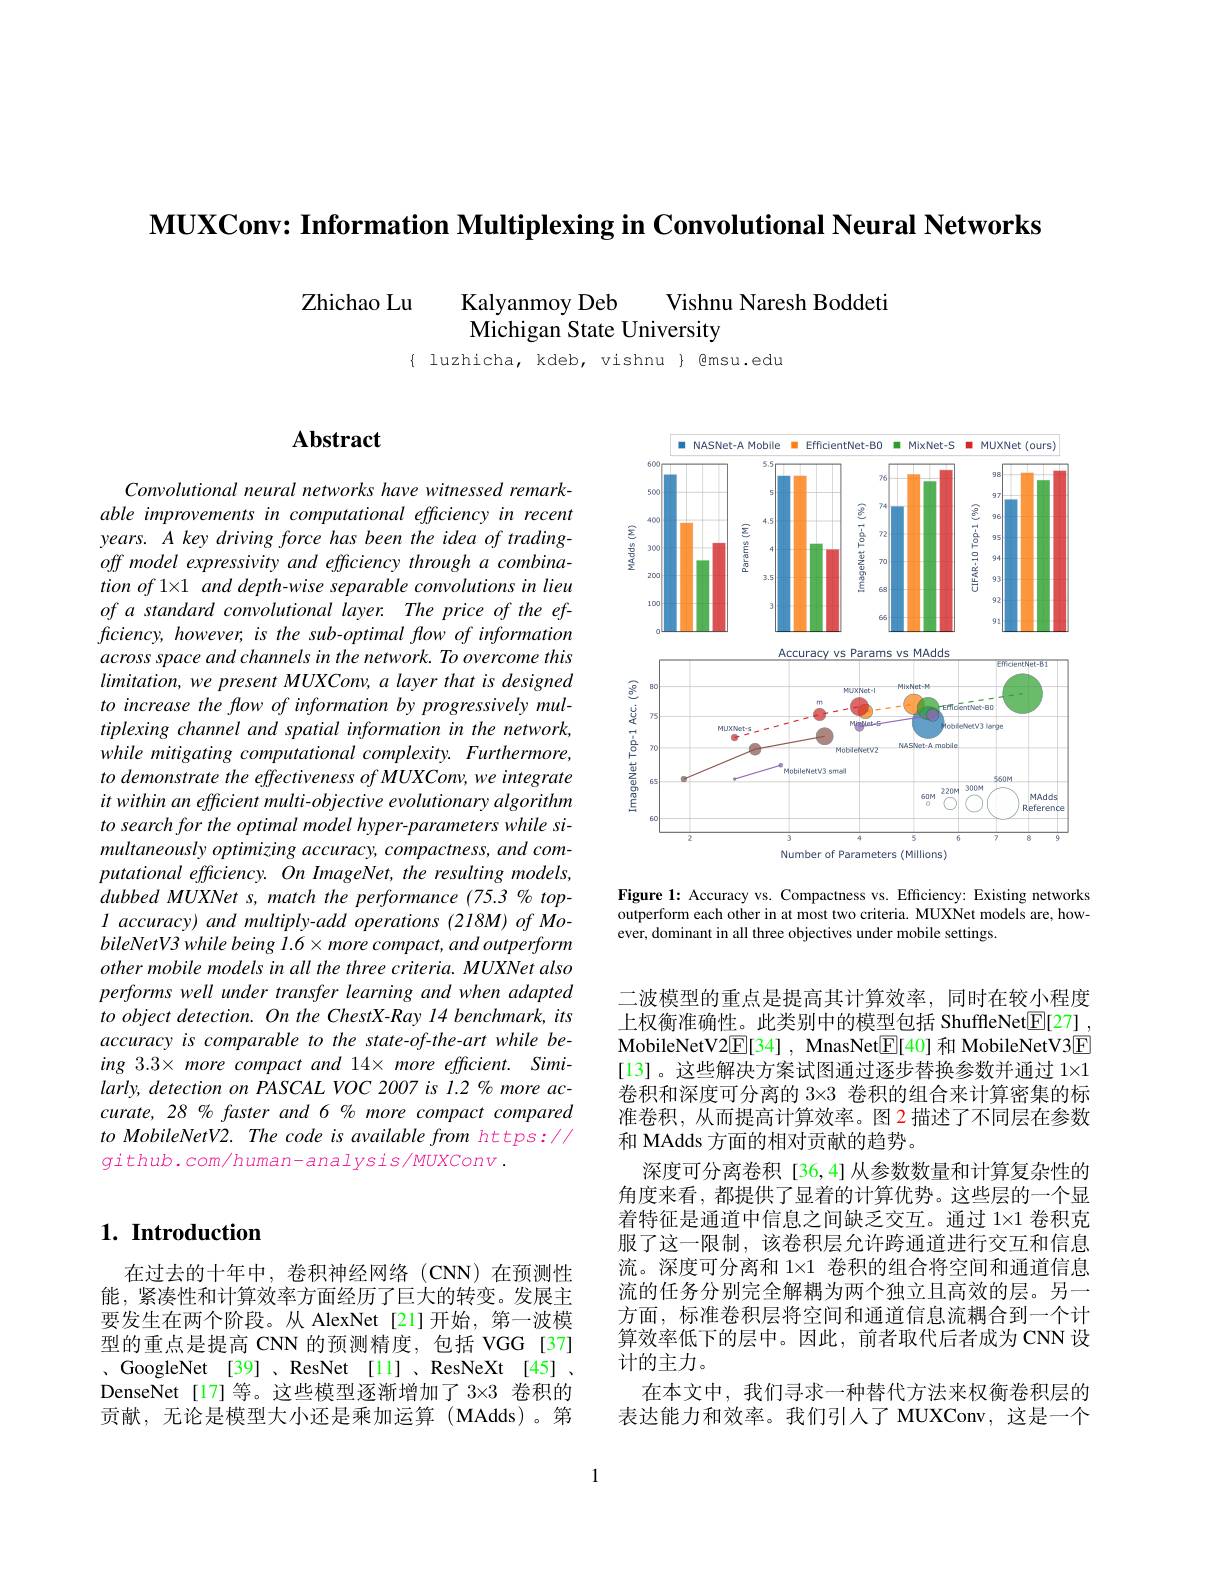
$\textbf{MUXConv: Information Multiplexing in Convolutional Neural Networks}$

Zhichao Lu
Kalyanmoy Deb
Vishnu Naresh Boddeti
Michigan State University

$\{ luzhicha, kdeb, vishnu \} @msu.edu$

## $\mathbf{Abstract}$

Convolutional neural networks have witnessed remarkable improvements in computational efficiency in recent years. A key driving force has been the idea of tradingoff model expressivity and efficiency through a combination of 1×1 and depth-wise separable convolutions in lieu of a standard convolutional layer. The price of the ef- $ficiency,however,isthesub-optimalflowofinformation$ across space and channels in the network. To overcome this limitation, we present MUXConv, a layer that is designed to increase the flow of information by progressively multiplexing channel and spatial information in the network, while mitigating computational complexity. Furthermore, to demonstrate the effectiveness of MUXConv, we integrate it within an efficient multi- objective evolutionary algorithm to search for the optimal model hyper-parameters while simultaneously optimizing accuracy, compactness, and computational efficiency. On ImageNet, the resulting models, dubbed MUXNet s, match the performance (75.3 % top- $l$ accuracy) and multiply-addoperations (218M) of MobileNetV3 while being $1.6\times more$ compact, and outperform other mobile models in all the three criteria. MUXNet also performs well under transfer learning and when adapted to object detection. On the ChestX-Ray 14 benchmark, its accuracy is comparable to the state-of-the-art while being 3.3× more compact and 14× more efficient. Similarly, detection on PASCAL VOC 2007 is 1.2 % more accurate, 28 % faster and 6 % more compact compared to MobileNetV2. The code is available from https:// $github.com/human-analysis/MUXConv.$

## $1. \textbf{ Introduction}$

在过去的十年中，卷积神经网络(CNN)在预测性能，紧凑性和计算效率方面经历了巨大的转变。发展主要发生在两个阶段。从 AlexNet[21]开始，第一波模型的重点是提高 CNN 的预测精度，包括 VGG[37] 、 GoogleNet [ 39] 、 ResNet [ 11] 、 ResNeXt [ 45] 、 DenseNet[17]等。这些模型逐渐增加了3×3 卷积的贡献，无论是模型大小还是乘加运算(MAdds)。第

<FigureHere>

Figure 1: Accuracy vs. Compactness vs. Efficiency: Existing networks outperform each other in at most two criteria. MUXNet models are, how- $\hat{\text{ever, dominant in all three objectives under mobile settings.}}$

二波模型的重点是提高其计算效率，同时在较小程度上权衡准确性。此类别中的模型包括 ShuffleNet[E[27] , MobileNetV2$\underline{\mathrm{E}}[34]$, MnasNet$\underline{\mathrm{E}}[40]$和 MobileNetV3$\underline{\mathrm{E}}$ [13]。这些解决方案试图通过逐步替换参数并通过 1×1卷积和深度可分离的 3×3 卷积的组合来计算密集的标准卷积，从而提高计算效率。图 2 描述了不同层在参数和 MAdds 方面的相对贡献的趋势。
深度可分离卷积[36,4]从参数数量和计算复杂性的角度来看，都提供了显着的计算优势。这些层的一个显着特征是通道中信息之间缺乏交互。通过 1×1 卷积克服了这一限制，该卷积层允许跨通道进行交互和信息流。深度可分离和 1×1 卷积的组合将空间和通道信息流的任务分别完全解耦为两个独立且高效的层。另一方面，标准卷积层将空间和通道信息流耦合到一个计算效率低下的层中。因此，前者取代后者成为 CNN 设计的主力。
在本文中，我们寻求一种替代方法来权衡卷积层的表达能力和效率。我们引人了 MUXConv,这是一个

1